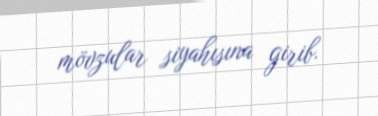
mövzular siyahısına girib.